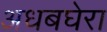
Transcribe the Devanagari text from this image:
अधबघेरा